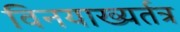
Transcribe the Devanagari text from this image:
विनयाख्यर्तत्र